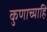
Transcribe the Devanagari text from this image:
कुणाच्याहि